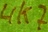
Text: 4K7